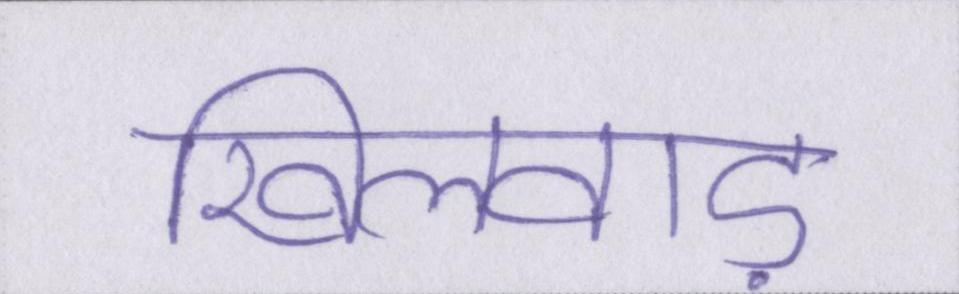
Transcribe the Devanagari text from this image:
खिलवाड़